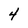
Character: 4